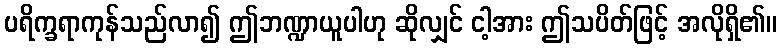
ပရိက္ခရာကုန်သည်လာ၍ ဤဘဏ္ဍာယူပါဟု ဆိုလျှင် ငါ့အား ဤသပိတ်ဖြင့် အလိုရှိ၏။